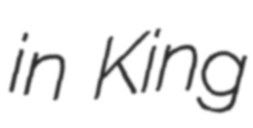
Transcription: in King